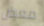
معرض